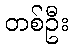
တစ်ဦး